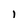
Character: l